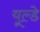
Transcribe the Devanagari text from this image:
यूल्डे